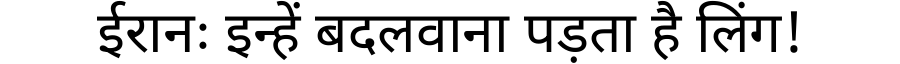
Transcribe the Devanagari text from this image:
ईरानः इन्हें बदलवाना पड़ता है लिंग!